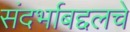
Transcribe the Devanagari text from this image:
संदर्भाबद्दलचे